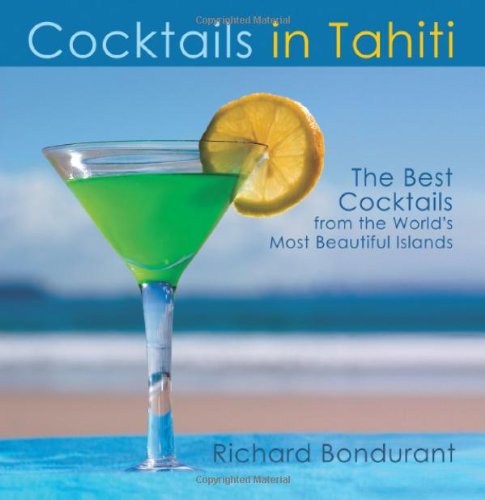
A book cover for Cocktails In Tahiti; Richard Bondurant; Crafts, Hobbies & Home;